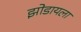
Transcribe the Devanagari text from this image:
झोडायला